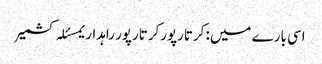
اسی بارے میں: کرتارپورکرتارپور راہداریمسئلہ کشمیر